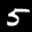
Label: 5